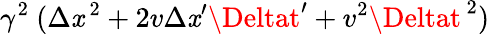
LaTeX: \gamma^{2}\ (\Delta\mathit{x}^{\, 2}+2v\Delta\mathit{x}^{\prime}\Deltat^{\prime}+v^{2}\Deltat^{\, 2})